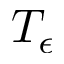
T _ { \epsilon }